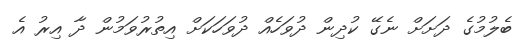
ބެލުމުގެ ދަށަށް ނެގޭ ކުދިން ދުވަހެއް ދުވަހަކަށް އިތުރުވަމުން ދާ އިރު އެ